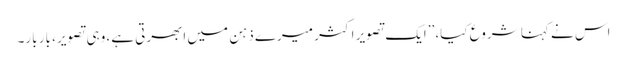
اس نے کہنا شروع کیا، ’’ایک تصویر اکثر میرے ذہن میں ابھرتی ہے، وہی تصویر، بار بار۔